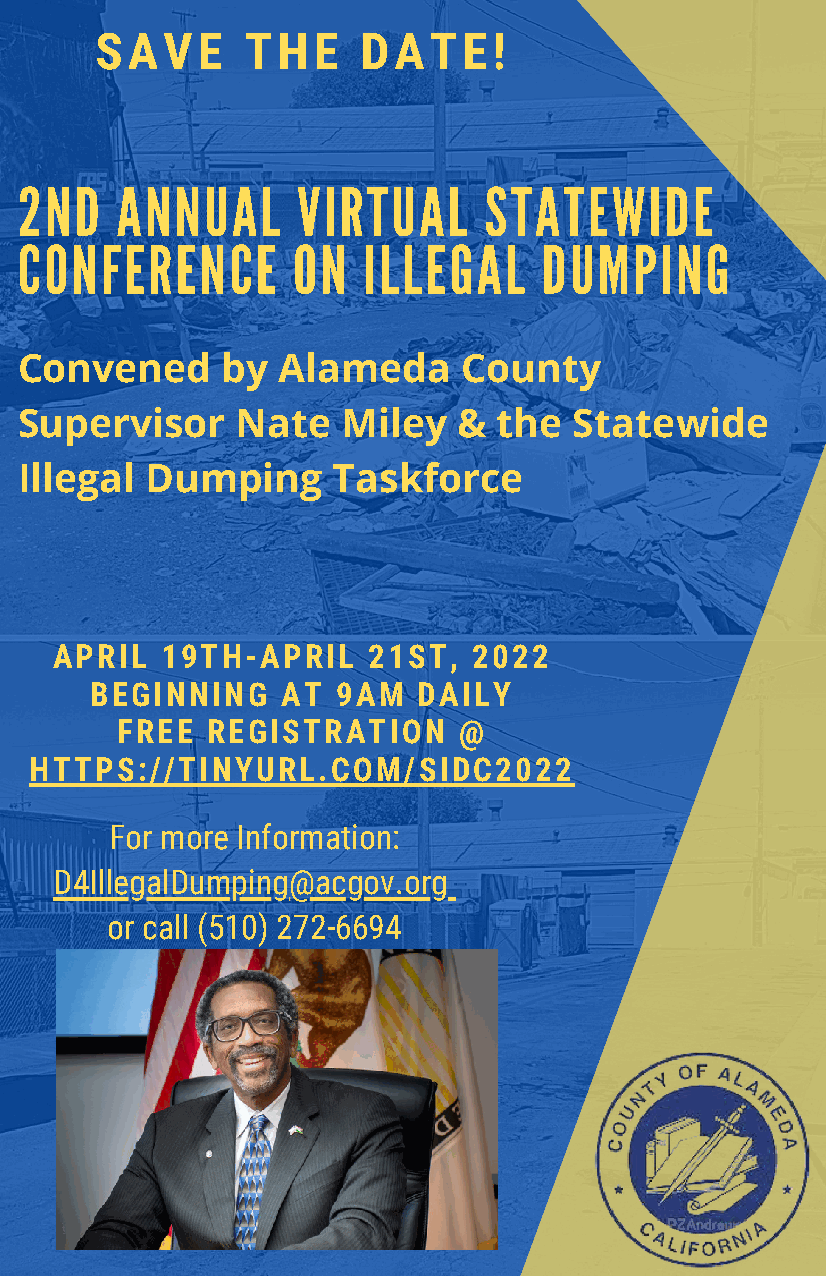
SAVE      THE     DATE!
 2ND    ANNUAL      VIRTUAL     STATEWIDE
 CONFERENCE        ON   ILLEGAL     DUMPING
 Convened      by Alameda      County
 Supervisor     Nate   Miley  &  the  Statewide
 Illegal  Dumping     Taskforce
 APRIL   19TH-APRIL   21ST,  2022
 BEGINNING    AT 9AM   DAILY
 FREE  REGISTRATION    @
 HTTPS://TINYURL.COM/SIDC2022
 For more Information:
 D4IllegalDumping@acgov.org
 or call (510) 272-6694